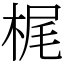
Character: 梶